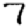
Digit: 7